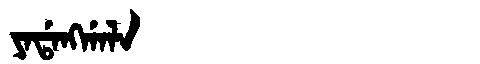
Manchu: ᠶᠠᡩᠠᠩᡤᠠᠯᠠ
Romanization: YADANGGALA